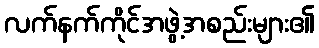
လက်နက်ကိုင်အဖွဲ့အစည်းများ၏